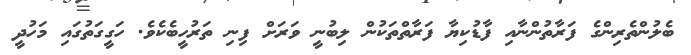
ބެލުންތެރިންގެ ފަރާތުންނާއި ފާޑުކިޔާ ފަރާތްތަކުން ލިބުނީ ވަރަށް ފިނި ތަރުހީބެކެވެ. ހަގީގަތުގައި މަހުދީ